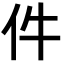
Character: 件